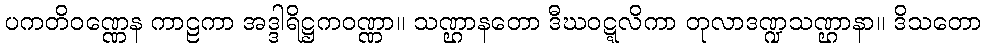
ပကတိဝဏ္ဏေန ကာဠကာ အဒ္ဒါရိဋ္ဌကဝဏ္ဏာ။ သဏ္ဌာနတော ဒီဃဝဋ္ဋလိကာ တုလာဒဏ္ဍသဏ္ဌာနာ။ ဒိသတော